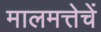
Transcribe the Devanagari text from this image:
मालमत्तेचें